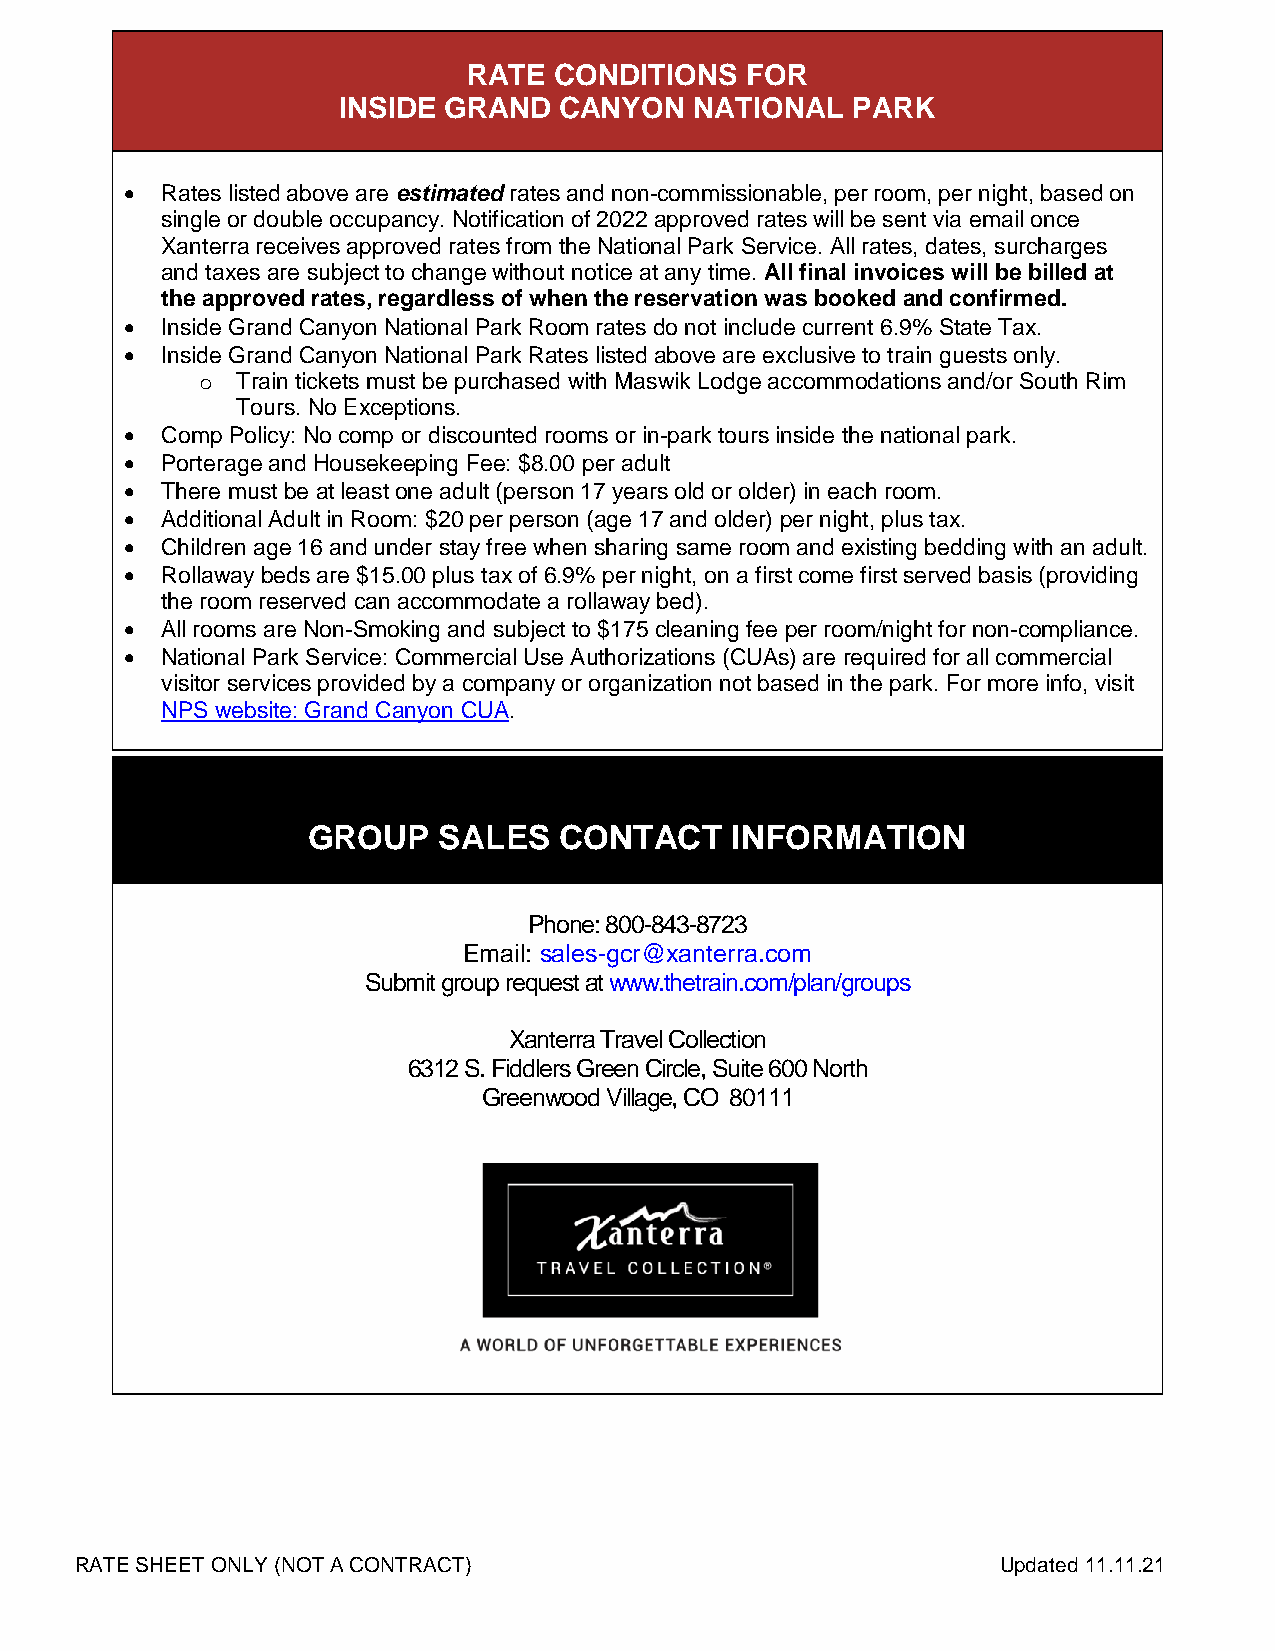
RATE  CONDITIONS  FOR
 INSIDE GRAND   CANYON   NATIONAL  PARK
   Rates listed above are estimated rates and non-commissionable, per room, per night, based on
 single or double occupancy. Notification of 2022 approved rates will be sent via email once
 Xanterra receives approved rates from the National Park Service. All rates, dates, surcharges
 and taxes are subject to change without notice at any time. All final invoices will be billed at
 the approved rates, regardless of when the reservation was booked and confirmed.
   Inside Grand Canyon National Park Room rates do not include current 6.9% State Tax.
   Inside Grand Canyon National Park Rates listed above are exclusive to train guests only.
 o  Train tickets must be purchased with Maswik Lodge accommodations and/or South Rim
 Tours. No Exceptions.
   Comp Policy: No comp or discounted rooms or in-park tours inside the national park.
   Porterage and Housekeeping Fee: $8.00 per adult
   There must be at least one adult (person 17 years old or older) in each room.
   Additional Adult in Room: $20 per person (age 17 and older) per night, plus tax.
   Children age 16 and under stay free when sharing same room and existing bedding with an adult.
   Rollaway beds are $15.00 plus tax of 6.9% per night, on a first come first served basis (providing
 the room reserved can accommodate a rollaway bed).
   All rooms are Non-Smoking and subject to $175 cleaning fee per room/night for non-compliance.
   National Park Service: Commercial Use Authorizations (CUAs) are required for all commercial
 visitor services provided by a company or organization not based in the park. For more info, visit
 NPS website: Grand Canyon CUA.
 GROUP    SALES   CONTACT    INFORMATION
 Phone: 800-843-8723
 Email: sales-gcr@xanterra.com
 Submit group request at www.thetrain.com/plan/groups
 Xanterra Travel Collection
 6312 S. Fiddlers Green Circle, Suite 600 North
 Greenwood Village, CO 80111
 RATE SHEET ONLY (NOT A CONTRACT)                             Updated 11.11.21